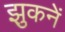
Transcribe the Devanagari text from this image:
झुकनें